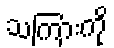
သကြားကို